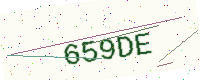
Text: 659DE